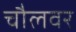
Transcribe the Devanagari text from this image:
चौलवर